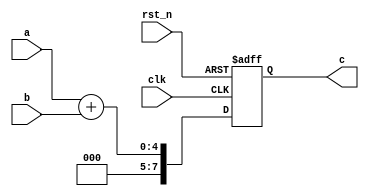

module adder(clk, rst_n, a, b, c);
	input [3:0] a;
	input [3:0] b;
	output reg [7:0] c;
	input clk, rst_n;

	always @(posedge clk or negedge rst_n) begin
		if (rst_n == 1'b0)
			c <= 8'b0;
		else
			c <= a+b;
	end
endmodule